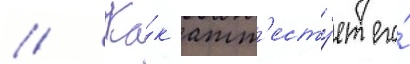
// Ка́к атт'есту́ет его́